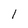
Character: I